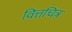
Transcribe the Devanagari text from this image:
वित्तचित्र